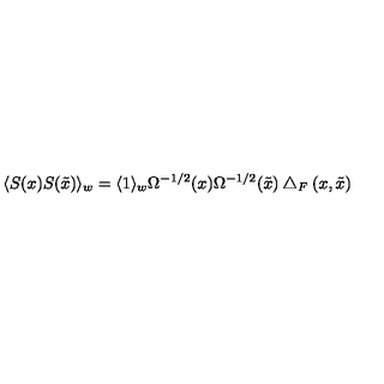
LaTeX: \langle S ( x ) S ( \tilde { x } ) \rangle _ { w } = \langle 1 \rangle _ { w } \Omega ^ { - 1 / 2 } ( x ) \Omega ^ { - 1 / 2 } ( \tilde { x } ) \bigtriangleup _ { F } ( x , \tilde { x } )